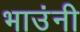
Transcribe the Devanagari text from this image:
भाउंनी